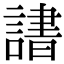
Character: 𬣄